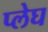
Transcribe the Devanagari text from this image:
प्लेघ